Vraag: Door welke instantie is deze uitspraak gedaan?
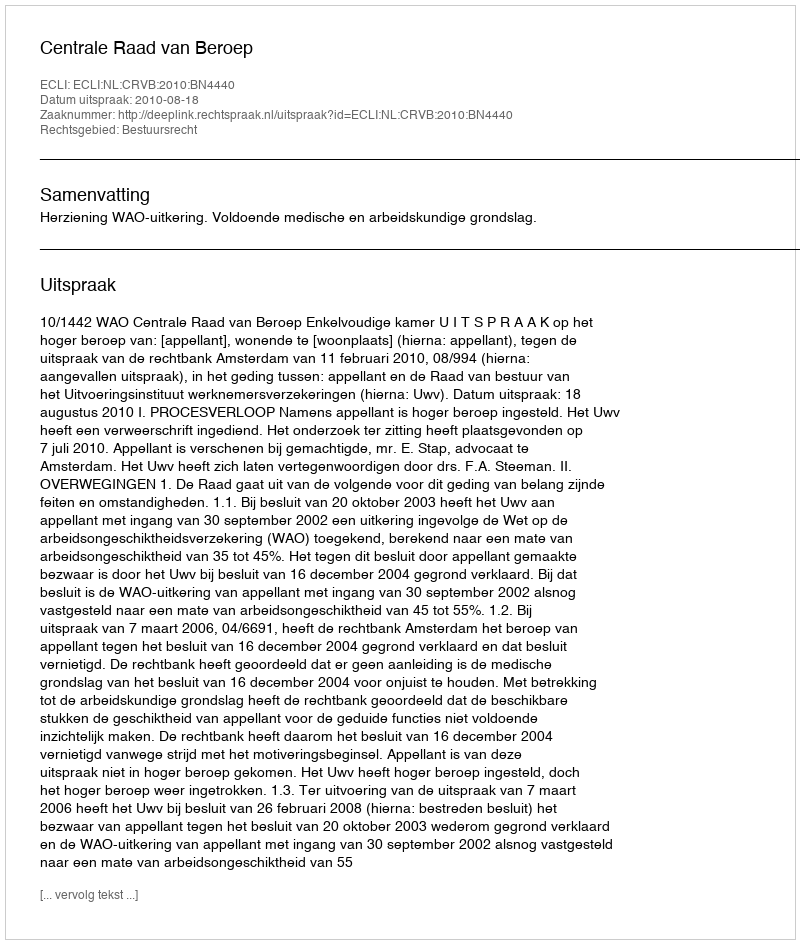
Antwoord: Centrale Raad van Beroep